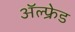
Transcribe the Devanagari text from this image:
अॅल्फ्रेड